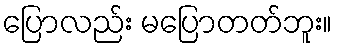
ပြောလည်း မပြောတတ်ဘူး။